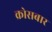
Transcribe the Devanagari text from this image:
क्रोसबार